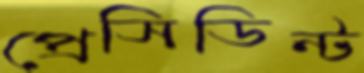
প্রেসিডিন্ট